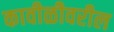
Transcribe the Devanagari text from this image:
कावीळीवरील